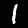
Digit: 1